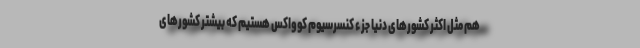
هم مثل اکثر کشورهای دنیا جزء کنسرسیوم کوواکس هستیم که بیشتر کشورهای